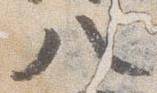
八